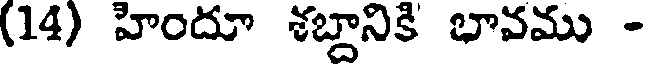
(14) హిందూ శబ్దానికి భావము -